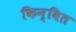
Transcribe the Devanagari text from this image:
किन्वित